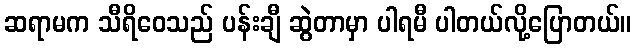
ဆရာမက သီရိဝေသည် ပန်းချီ ဆွဲတာမှာ ပါရမီ ပါတယ်လို့ပြောတယ်။